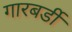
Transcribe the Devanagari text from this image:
गारबर्डी